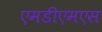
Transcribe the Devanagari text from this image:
एमडीएमएस